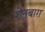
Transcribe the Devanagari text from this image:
शेनबाग़